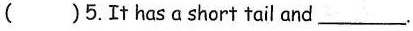
( )5.It hasa short tail and ___.